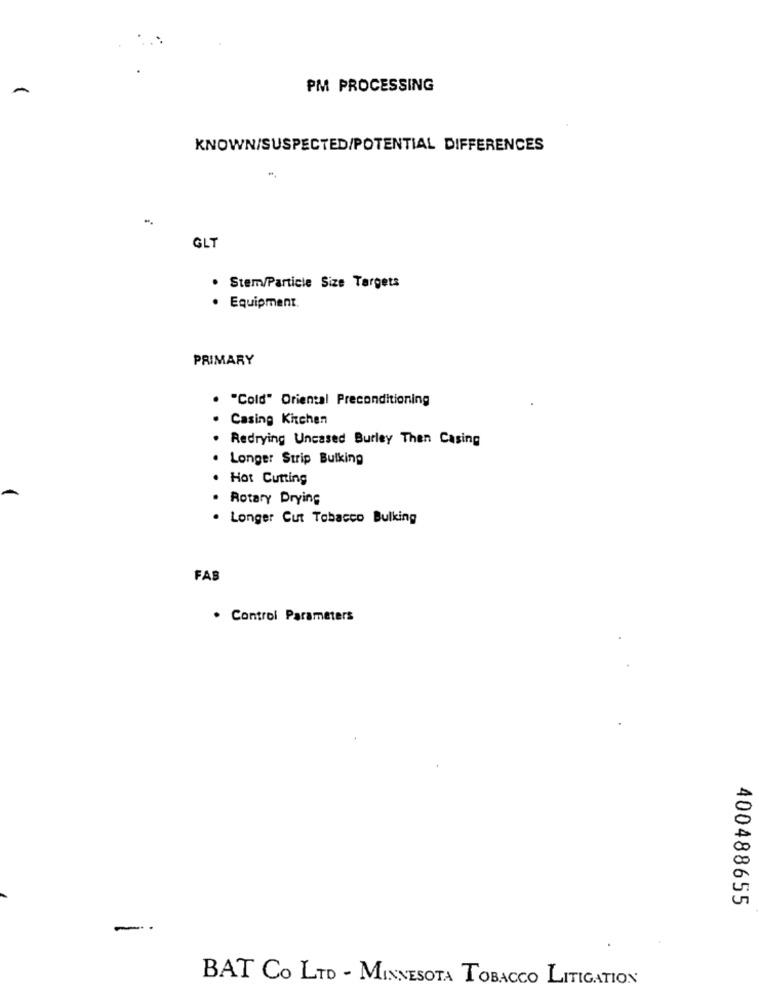
PM PROCESSING
KNOWN/SUSPECTED/POTENTIAL DIFFERENCES
GLT
· Stem/Particle Size Targets
· Equipment
PRIMARY
"Cold" Oriental Preconditioning
Casing Kitchen
Redrying Uncased Burley Then Casing
. Longer Strip Bulking
Hot Cutting
· Rotary Drying
. Longer Cut Tobacco Bulking
FAS
. Control Parameters
400488655
-
BAT CO LTD - MINNESOTA TOBACCO LITIGATION